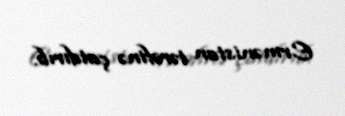
Ermənistan tərəfinə çatdırıb.